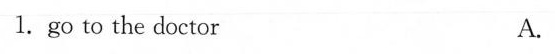
1.go to the doctor A.